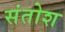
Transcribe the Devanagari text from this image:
संतोश